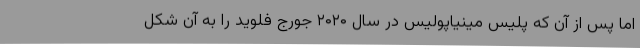
اما پس از آن که پلیس مینیاپولیس در سال ۲۰۲۰ جورج فلوید را به آن شکل